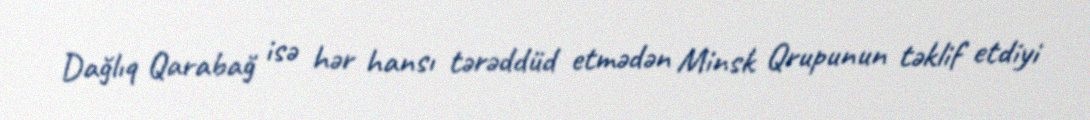
Dağlıq Qarabağ isə hər hansı tərəddüd etmədən Minsk Qrupunun təklif etdiyi